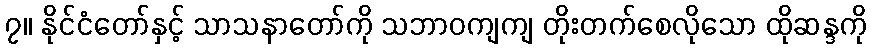
၇။ နိုင်ငံတော်နှင့် သာသနာတော်ကို သဘာဝကျကျ တိုးတက်စေလိုသော ထိုဆန္ဒကို